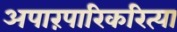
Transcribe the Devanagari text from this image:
अपारंपारिकरित्या